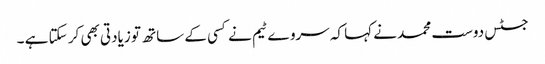
جسٹس دوست محمد نے کہا کہ سروے ٹیم نے کسی کے ساتھ تو زیادتی بھی کر سکتا ہے ۔